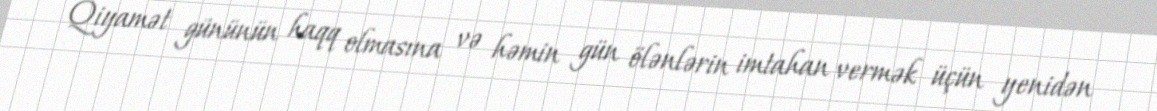
Qiyamət gününün haqq olmasına və həmin gün ölənlərin imtahan vermək üçün yenidən